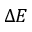
\Delta E